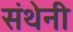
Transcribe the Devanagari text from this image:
संथेनी